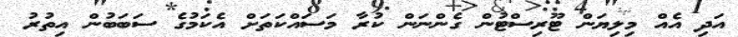
އަދި އެއް މިލިޔަން ޓޫރިސްޓުން ގެންނަން ކުރާ މަސައްކަތަށް އެކަމުގެ ސަބަބުން އިތުރު